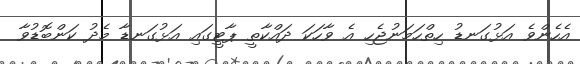
އެހެންވެ އަޅުގަނޑު ހިތްހަމަނުޖެހި އެ ވާހަކަ ދައްކާތީ ޕާޓީގައި އަޅުގަނޑާ މެދު ކަންބޮޑުވާ